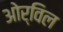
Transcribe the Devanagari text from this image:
ओर्विल